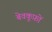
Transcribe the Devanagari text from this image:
बेवकूफ़ों